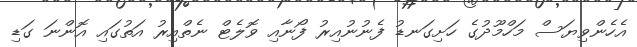
އެހެންވިޔަސް މަހްމޫދުގެ ހަށިގަނޑު ފެނުނުއިރު ފޯނާއި ވޮލެޓް ނެތްއިރު އަތުގައި އޮންނަ ގަޑި